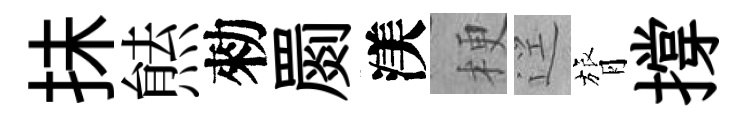
抺㷱勑罽渼梗逕膂撐